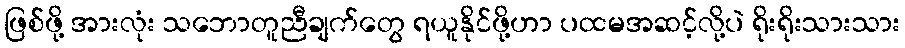
ဖြစ်ဖို့ အားလုံး သဘောတူညီချက်တွေ ရယူနိုင်ဖို့ဟာ ပထမအဆင့်လို့ပဲ ရိုးရိုးသားသား